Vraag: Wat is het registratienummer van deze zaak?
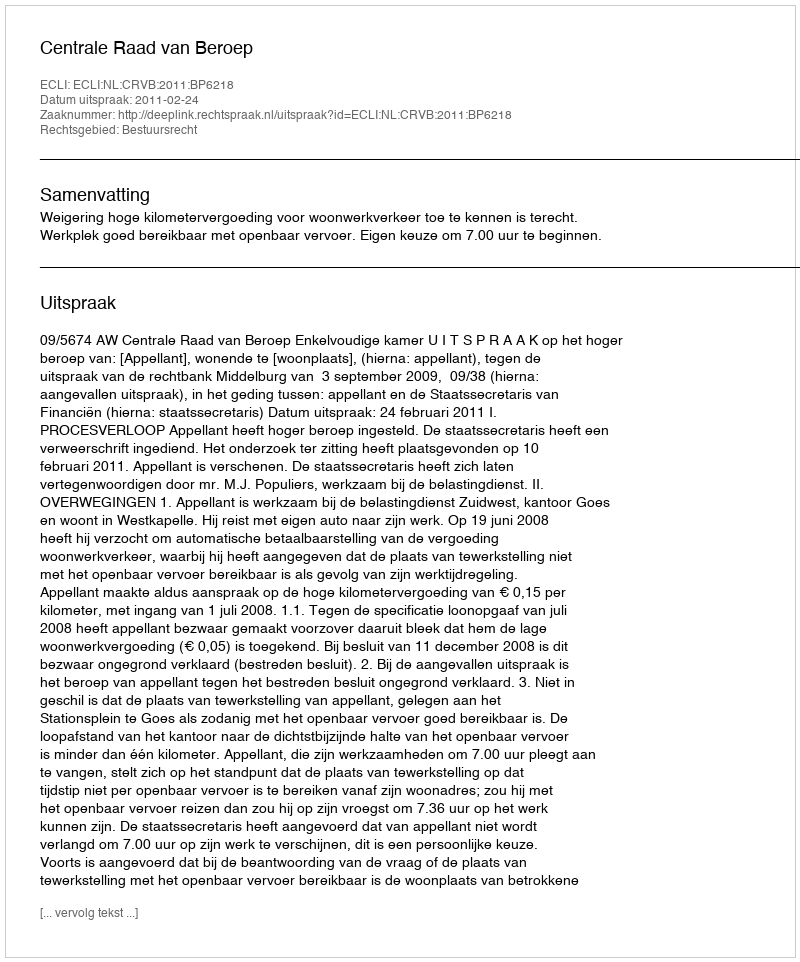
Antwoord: http://deeplink.rechtspraak.nl/uitspraak?id=ECLI:NL:CRVB:2011:BP6218